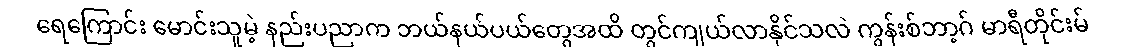
ရေကြောင်း မောင်းသူမဲ့ နည်းပညာက ဘယ်နယ်ပယ်တွေအထိ တွင်ကျယ်လာနိုင်သလဲ ကွန်းစ်ဘာ့ဂ် မာရီတိုင်းမ်